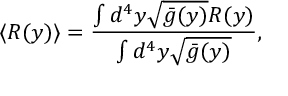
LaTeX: \langle R ( y ) \rangle = \frac { \int d ^ { 4 } y \sqrt { \bar { g } ( y ) } R ( y ) } { \int d ^ { 4 } y \sqrt { \bar { g } ( y ) } } ,